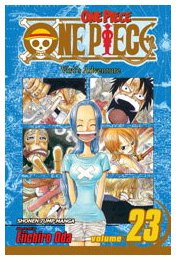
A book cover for One Piece, Vol. 23: Vivi's Adventure; Eiichiro Oda; Comics & Graphic Novels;